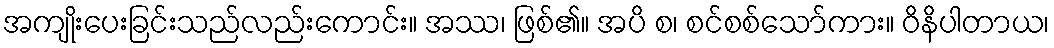
အကျိုးပေးခြင်းသည်လည်းကောင်း။ အဿ၊ ဖြစ်၏။ အပိ စ၊ စင်စစ်သော်ကား။ ဝိနိပါတာယ၊